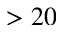
> 2 0